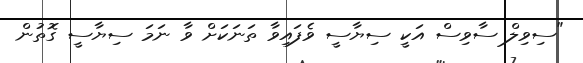
"ސިވިލް ސާވިސް އަކީ ސިޔާސީ ވެފައިވާ ތަނަކަށް ވާ ނަމަ ސިޔާސީ ގޮތުން